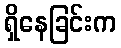
ရှိနေခြင်းက